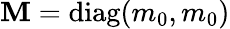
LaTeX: \mathbf{M}=\mathrm{diag}(m_{0},m_{0})